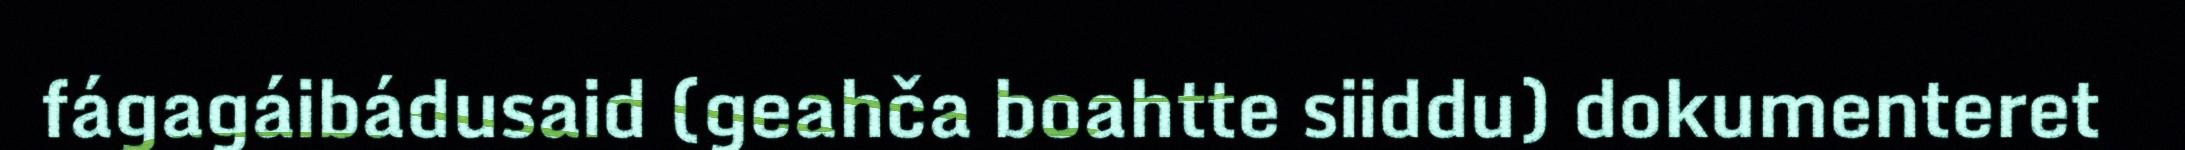
fágagáibádusaid (geahča boahtte siiddu) dokumenteret